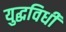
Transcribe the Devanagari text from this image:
युद्धविधी